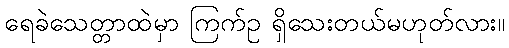
ရေခဲသေတ္တာထဲမှာ ကြက်ဥ ရှိသေးတယ်မဟုတ်လား။